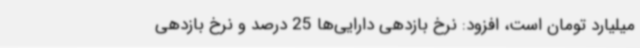
میلیارد تومان است، افزود: نرخ بازدهی دارایی‌ها 25 درصد و نرخ بازدهی